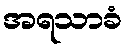
အရသာခံ